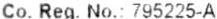
CO. REG. NO.: 795225-A